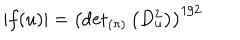
\left| f ( u ) \right| = \left( { \det } _ { ( \pi ) } \left( D _ { u } ^ { 2 } \right) \right) ^ { 1 / 2 }